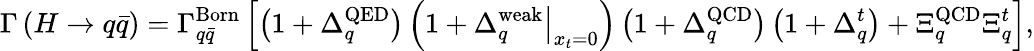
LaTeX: \Gamma\left(H\to q\bar{q}\right)=\Gamma_{q\bar{q}}^{\mathrm{Born}}\left[\left(1+\Delta_{q}^{\mathrm{QED}}\right)\left(1+\left.\Delta_{q}^{\mathrm{weak}}\right|_{x_{t}=0}\right)\left(1+\Delta_{q}^{\mathrm{QCD}}\right)\left(1+\Delta_{q}^{t}\right)+\Xi_{q}^{\mathrm{QCD}}\Xi_{q}^{t}\right],